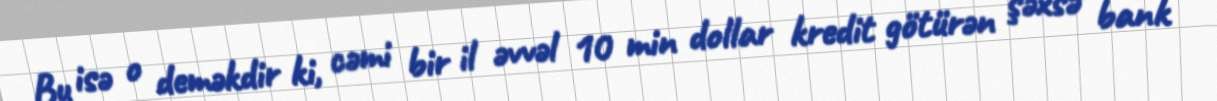
Bu isə o deməkdir ki, cəmi bir il əvvəl 10 min dollar kredit götürən şəxsə bank